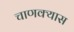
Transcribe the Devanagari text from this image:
चाणक्यास